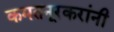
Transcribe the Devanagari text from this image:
कमतनूरकरांनी